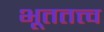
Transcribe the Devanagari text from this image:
भूततत्त्व